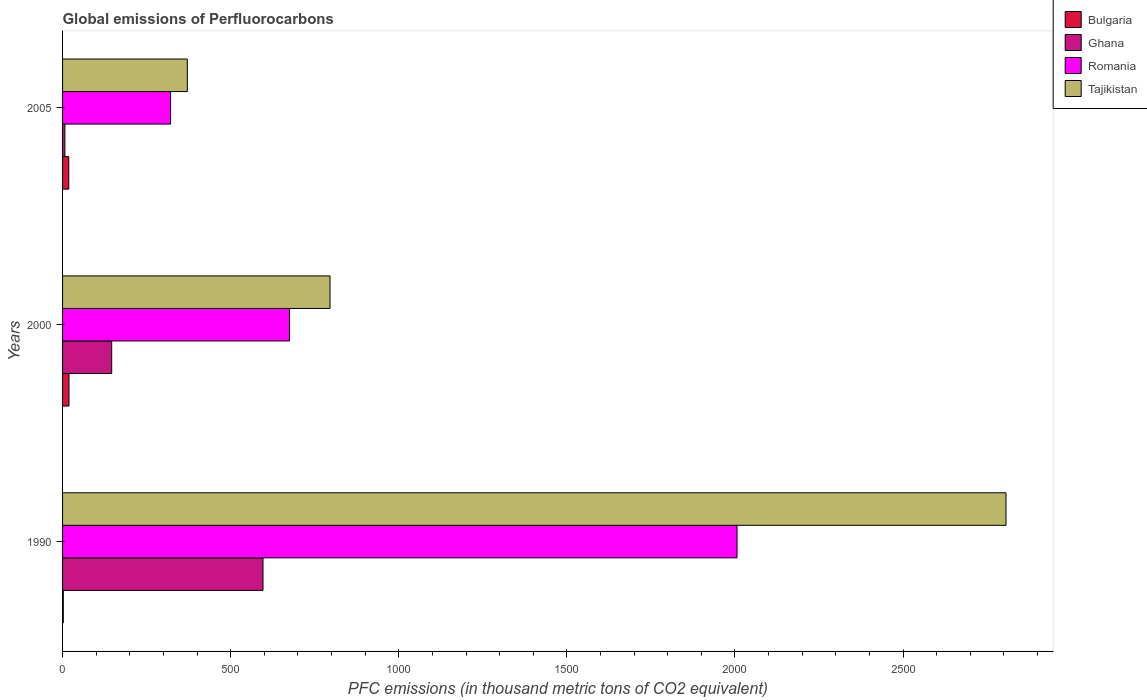
| Years | Bulgaria | Ghana | Romania | Tajikistan |
 | --- | --- | --- | --- | --- |
 | 1990 | 2.2 | 596 | 2.01e+03 | 2.81e+03 |
 | 2000 | 19.1 | 146 | 675 | 796 |
 | 2005 | 18.5 | 6.9 | 321 | 371 |